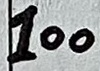
Text: 100